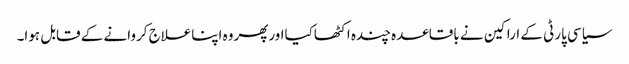
سیاسی پارٹی کے اراکین نے باقاعدہ چندہ اکٹھاکیااورپھروہ اپناعلاج کروانے کے قابل ہوا۔